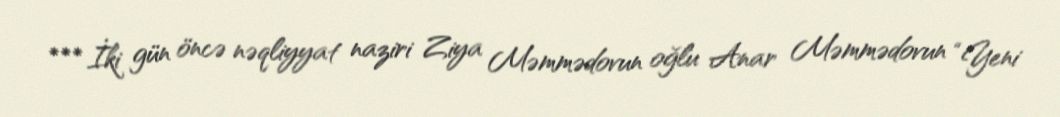
*** İki gün öncə nəqliyyat naziri Ziya Məmmədovun oğlu Anar Məmmədovun “Yeni